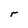
Character: r